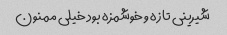
شیرینی تازه و خوشمزه بود خیلی ممنون